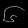
Digit: ၆